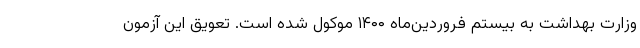
وزارت بهداشت به بیستم فروردین‌ماه ۱۴۰۰ موکول شده است. تعویق این آزمون